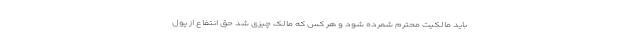
باید مالکیت محترم شمرده شود و هر کس که مالک چیزی شد حق انتفاع از پول